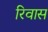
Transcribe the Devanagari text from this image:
रिवास